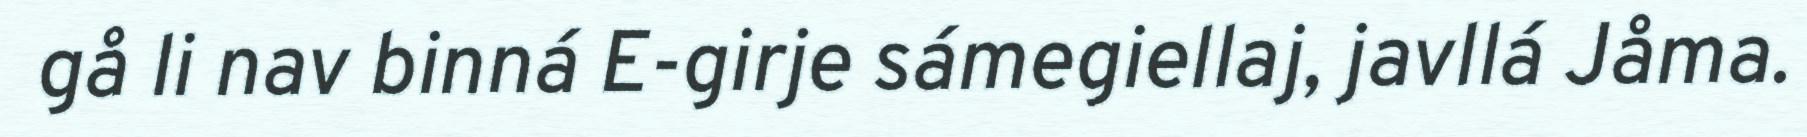
gå li nav binná E-girje sámegiellaj, javllá Jåma.